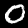
Digit: 0